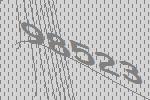
98523